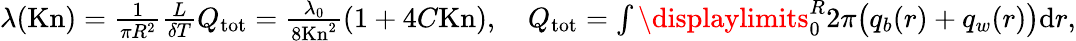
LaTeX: \begin{array}{r}{\lambda(\textrm{Kn})=\frac{1}{\pi R^{2}}\frac{L}{\delta T}Q_{\textrm{tot}}=\frac{\lambda_{0}}{8\textrm{Kn}^{2}}(1+4C\textrm{Kn}),\quad Q_{\textrm{tot}}=\int\displaylimits_{0}^{R}2\pi\big(q_{b}(r)+q_{w}(r)\big)\textrm{d}r,}\end{array}